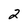
Character: 2